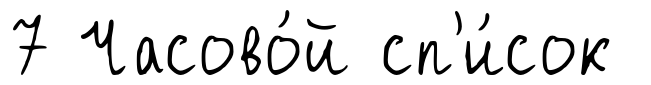
7 Часово́й сп'и́сок